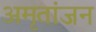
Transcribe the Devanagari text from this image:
अमृतांजन